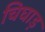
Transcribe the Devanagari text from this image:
चिघाड़